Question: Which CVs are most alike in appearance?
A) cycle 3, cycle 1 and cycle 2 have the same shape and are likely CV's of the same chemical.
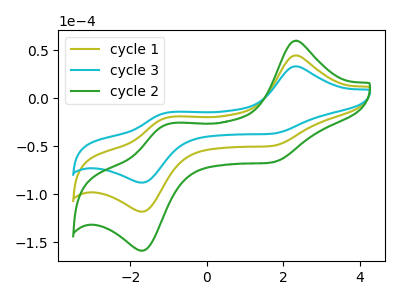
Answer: <think>The olive curve "cycle 1" has anodic peaks at (2.30V, 44.40uA) (-1.05V, -20.40uA) and cathodic peaks at (1.65V, -50.00uA) (-1.65V, -118.25uA). The cyan curve "cycle 3" has anodic peaks at (2.30V, 33.05uA) (-1.05V, -15.20uA) and cathodic peaks at (1.65V, -37.20uA) (-1.65V, -88.00uA). The green curve "cycle 2" has anodic peaks at (2.30V, 88.80uA) (-1.05V, -40.80uA) and cathodic peaks at (1.65V, -100.00uA) (-1.65V, -236.45uA).
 All the peaks in "cycle 1" have a peak in "cycle 3" at the same potential. All the peaks in "cycle 1" have a peak in "cycle 2" at the same potential. All the peaks in "cycle 3" have a peak in "cycle 2" at the same potential.</think>
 <answer>A) "cycle 3", "cycle 1" and "cycle 2" have the same shape and are likely CV's of the same chemical.</answer>
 <eval>A</eval>